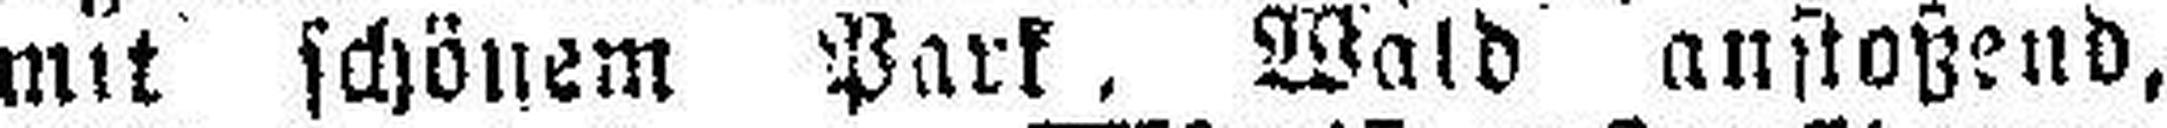
mit schönem Park, Wald anstoßend,